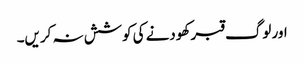
اور لوگ قبر کھودنے کی کوشش نہ کریں۔